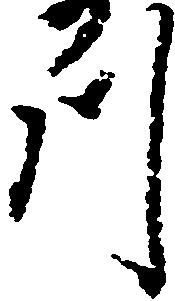
川